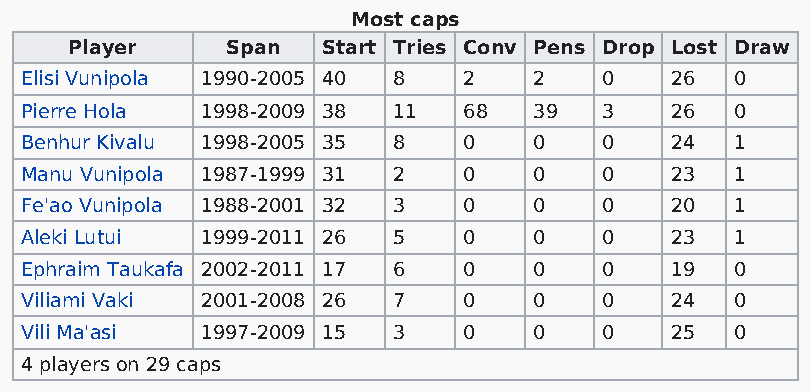
Most caps
 Player    Span  Start Tries Conv Pens Drop Lost Draw
 Elisi Vunipola 1990-2005 40 8 2   2    0   26   0
 Pierre Hola 1998-2009 38 11   68  39   3   26   0
 Benhur Kivalu 1998-2005 35 8  0   0    0   24   1
 Manu Vunipola 1987-1999 31 2  0   0    0   23   1
 Fe'ao Vunipola 1988-2001 32 3 0   0    0   20   1
 Aleki Lutui 1999-2011 26 5    0   0    0   23   1
 Ephraim Taukafa 2002-2011 17 6 0  0    0   19   0
 Viliami Vaki 2001-2008 26 7   0   0    0   24   0
 Vili Ma'asi 1997-2009 15 3    0   0    0   25   0
 4 players on 29 caps